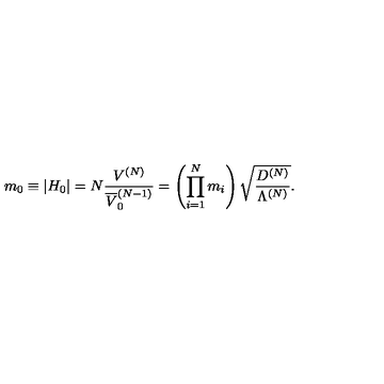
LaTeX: m _ { 0 } \equiv \left| H _ { 0 } \right| = N \frac { V ^ { ( N ) } } { \overline { { V } } _ { 0 } ^ { ( N - 1 ) } } = \left( \prod _ { i = 1 } ^ { N } m _ { i } \right) \sqrt { \frac { D ^ { ( N ) } } { \Lambda ^ { ( N ) } } } .